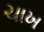
ચાખ